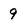
Character: 9